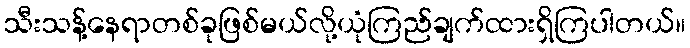
သီးသန့်နေရာတစ်ခုဖြစ်မယ်လို့ယုံကြည်ချက်ထားရှိကြပါတယ်။